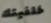
خلفيتك